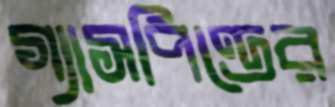
গ্যাসপিণ্ডের